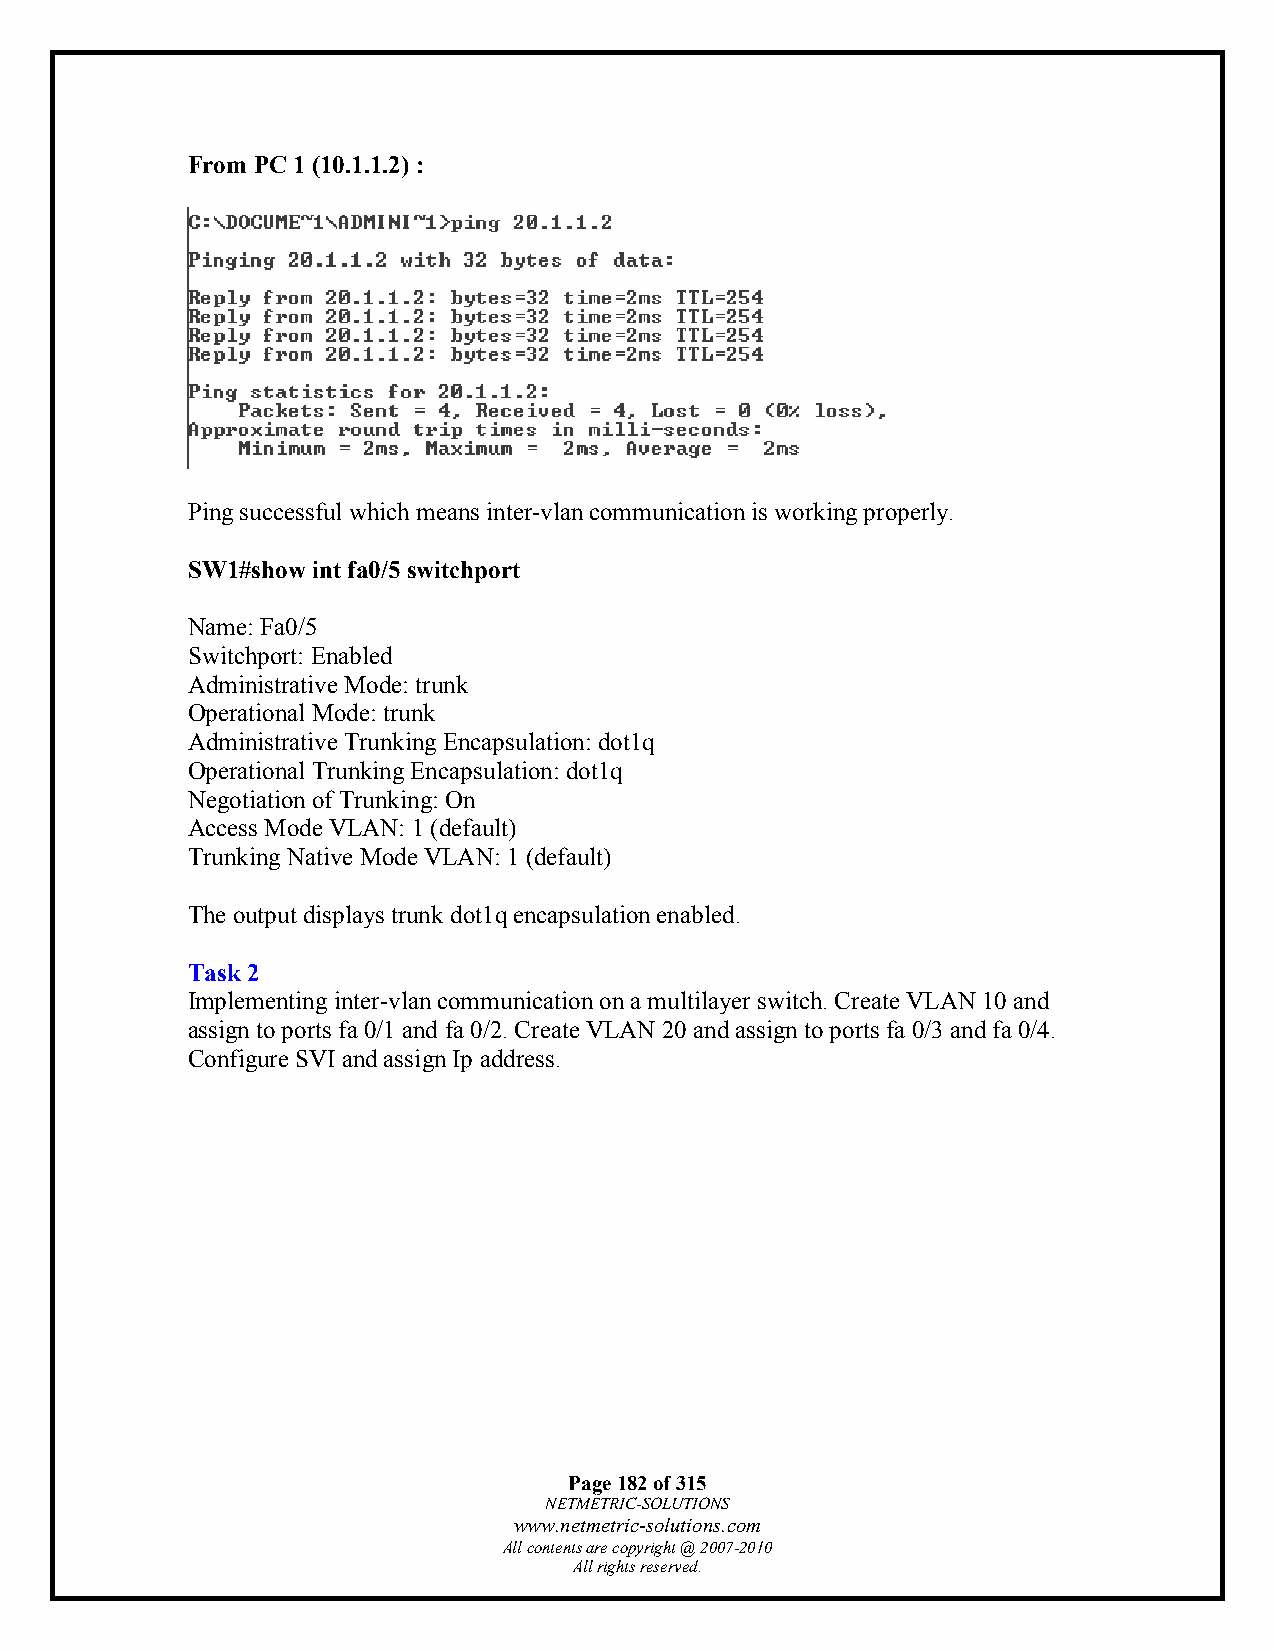
From PC 1 (10.1.1.2) :
 Ping successful which means inter-vlan communication is working properly.
 SW1#show int fa0/5 switchport
 Name: Fa0/5
 Switchport: Enabled
 Administrative Mode: trunk
 Operational Mode: trunk
 Administrative Trunking Encapsulation: dot1q
 Operational Trunking Encapsulation: dot1q
 Negotiation of Trunking: On
 Access Mode VLAN: 1 (default)
 Trunking Native Mode VLAN: 1 (default)
 The output displays trunk dot1q encapsulation enabled.
 Task 2
 Implementing inter-vlan communication on a multilayer switch. Create VLAN 10 and
 assign to ports fa 0/1 and fa 0/2. Create VLAN 20 and assign to ports fa 0/3 and fa 0/4.
 Configure SVI and assign Ip address.
 Page 182 of 315
 NETMETRIC-SOLUTIONS
 www.netmetric-solutions.com
 All contents are copyright @ 2007-2010
 All rights reserved.